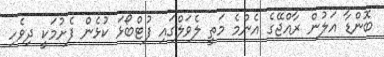
ބޮންޑާ އަލުން ރާއްޖޭގެ އެންމެ މަތީ ލެވަލްގައި ފުޓްބޯޅަ ކުޅެން ފެށުމަކީ ދިވެހި